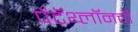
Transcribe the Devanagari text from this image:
पेंटॅथ्लॉनची